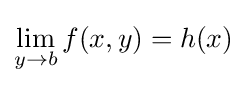
\lim _{y\to b}f(x,y)=h(x)